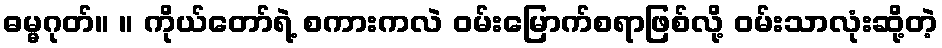
ဓမ္မဂုတ်။ ။ ကိုယ်တော်ရဲ့ စကားကလဲ ဝမ်းမြောက်စရာဖြစ်လို့ ဝမ်းသာလုံးဆို့တဲ့